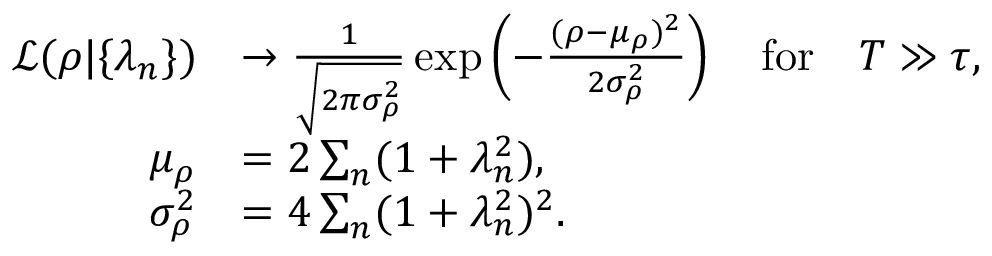
\begin{array} { r l } { { \mathcal L } ( \rho | \{ \lambda _ { n } \} ) } & { \to \frac { 1 } { \sqrt { 2 \pi \sigma _ { \rho } ^ { 2 } } } \exp \left( - \frac { ( \rho - \mu _ { \rho } ) ^ { 2 } } { 2 \sigma _ { \rho } ^ { 2 } } \right) \quad \mathrm { f o r } \quad T \gg \tau , } \\ { \mu _ { \rho } } & { = 2 \sum _ { n } ( 1 + \lambda _ { n } ^ { 2 } ) , } \\ { \sigma _ { \rho } ^ { 2 } } & { = { 4 } \sum _ { n } ( 1 + \lambda _ { n } ^ { 2 } ) ^ { 2 } . } \end{array}